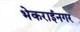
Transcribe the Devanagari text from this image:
भेकराईनगर